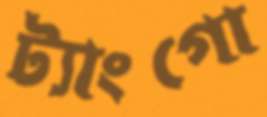
ট্যাংগো